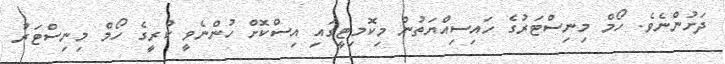
ދަށުންނެވެ. ހޯމް މިނިސްޓަރުގެ ހައިސިއްޔަތުން މިކޮމިޓީގައި އިސްކޮށް ހުންނެވީ ކުރީގެ ހޯމް މިނިސްޓަރު